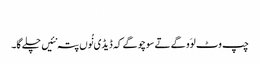
‏
چپ وٹ لوَو گے تے سوچو گے کہ ڈیڈی نُوں پتہ نئیں چلے گا۔